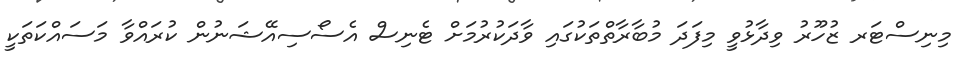
މިނިސްޓަރ ޒުހޫރު ވިދާޅުވީ މިފަދަ މުބާރާތްތަކުގައި ވާދަކުރުމަށް ޓެނިސް އެސޯސިއޭޝަނުން ކުރައްވާ މަސައްކަތަކީ